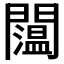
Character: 𨷇